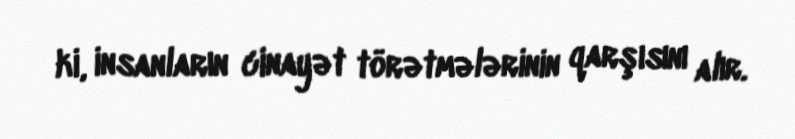
ki, insanların cinayət törətmələrinin qarşısını alır.